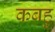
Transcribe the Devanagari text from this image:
कबहु